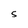
Character: S